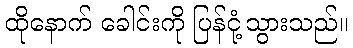
ထိုနောက် ခေါင်းကို ပြန်ငုံ့သွားသည်။